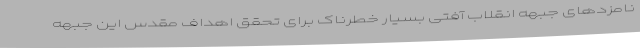
نامزدهای جبهه انقلاب آفتی بسیار خطرناک برای تحقق اهداف مقدس این جبهه